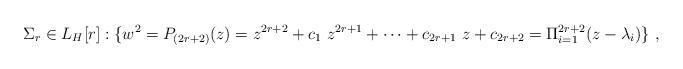
LaTeX: \begin{align*}\Sigma_r \in L_H[r]:\{w^2=P_{(2r+2)}(z)= z^{2r+2}+c_1\ z^{2r+1}+\cdots +c_{2r+1}\ z + c_{2r+2}=\Pi_{i=1}^{2r+2} (z-\lambda_i)\}\ ,\end{align*}